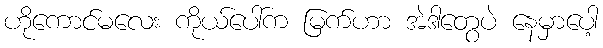
ဟိုကောင်မလေး ကိုယ်ပေါ်က မြက်ဟာ အဲဒါတွေပဲ နေမှာပေါ့